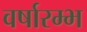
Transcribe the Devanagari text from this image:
वर्षारम्भ